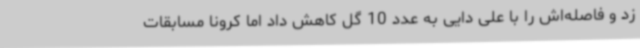
زد و فاصله‌اش را با علی دایی به عدد 10 گل کاهش داد اما کرونا مسابقات